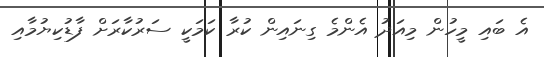
އެ ބައި މީހުން މިއަދު އެންމެ ގިނައިން ކުރާ ކަމަކީ ސަރުކާރަށް ފާޑުކިޔުމާއި